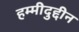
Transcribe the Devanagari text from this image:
हम्मीदुद्दीन